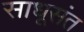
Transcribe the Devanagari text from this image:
साधूसंत